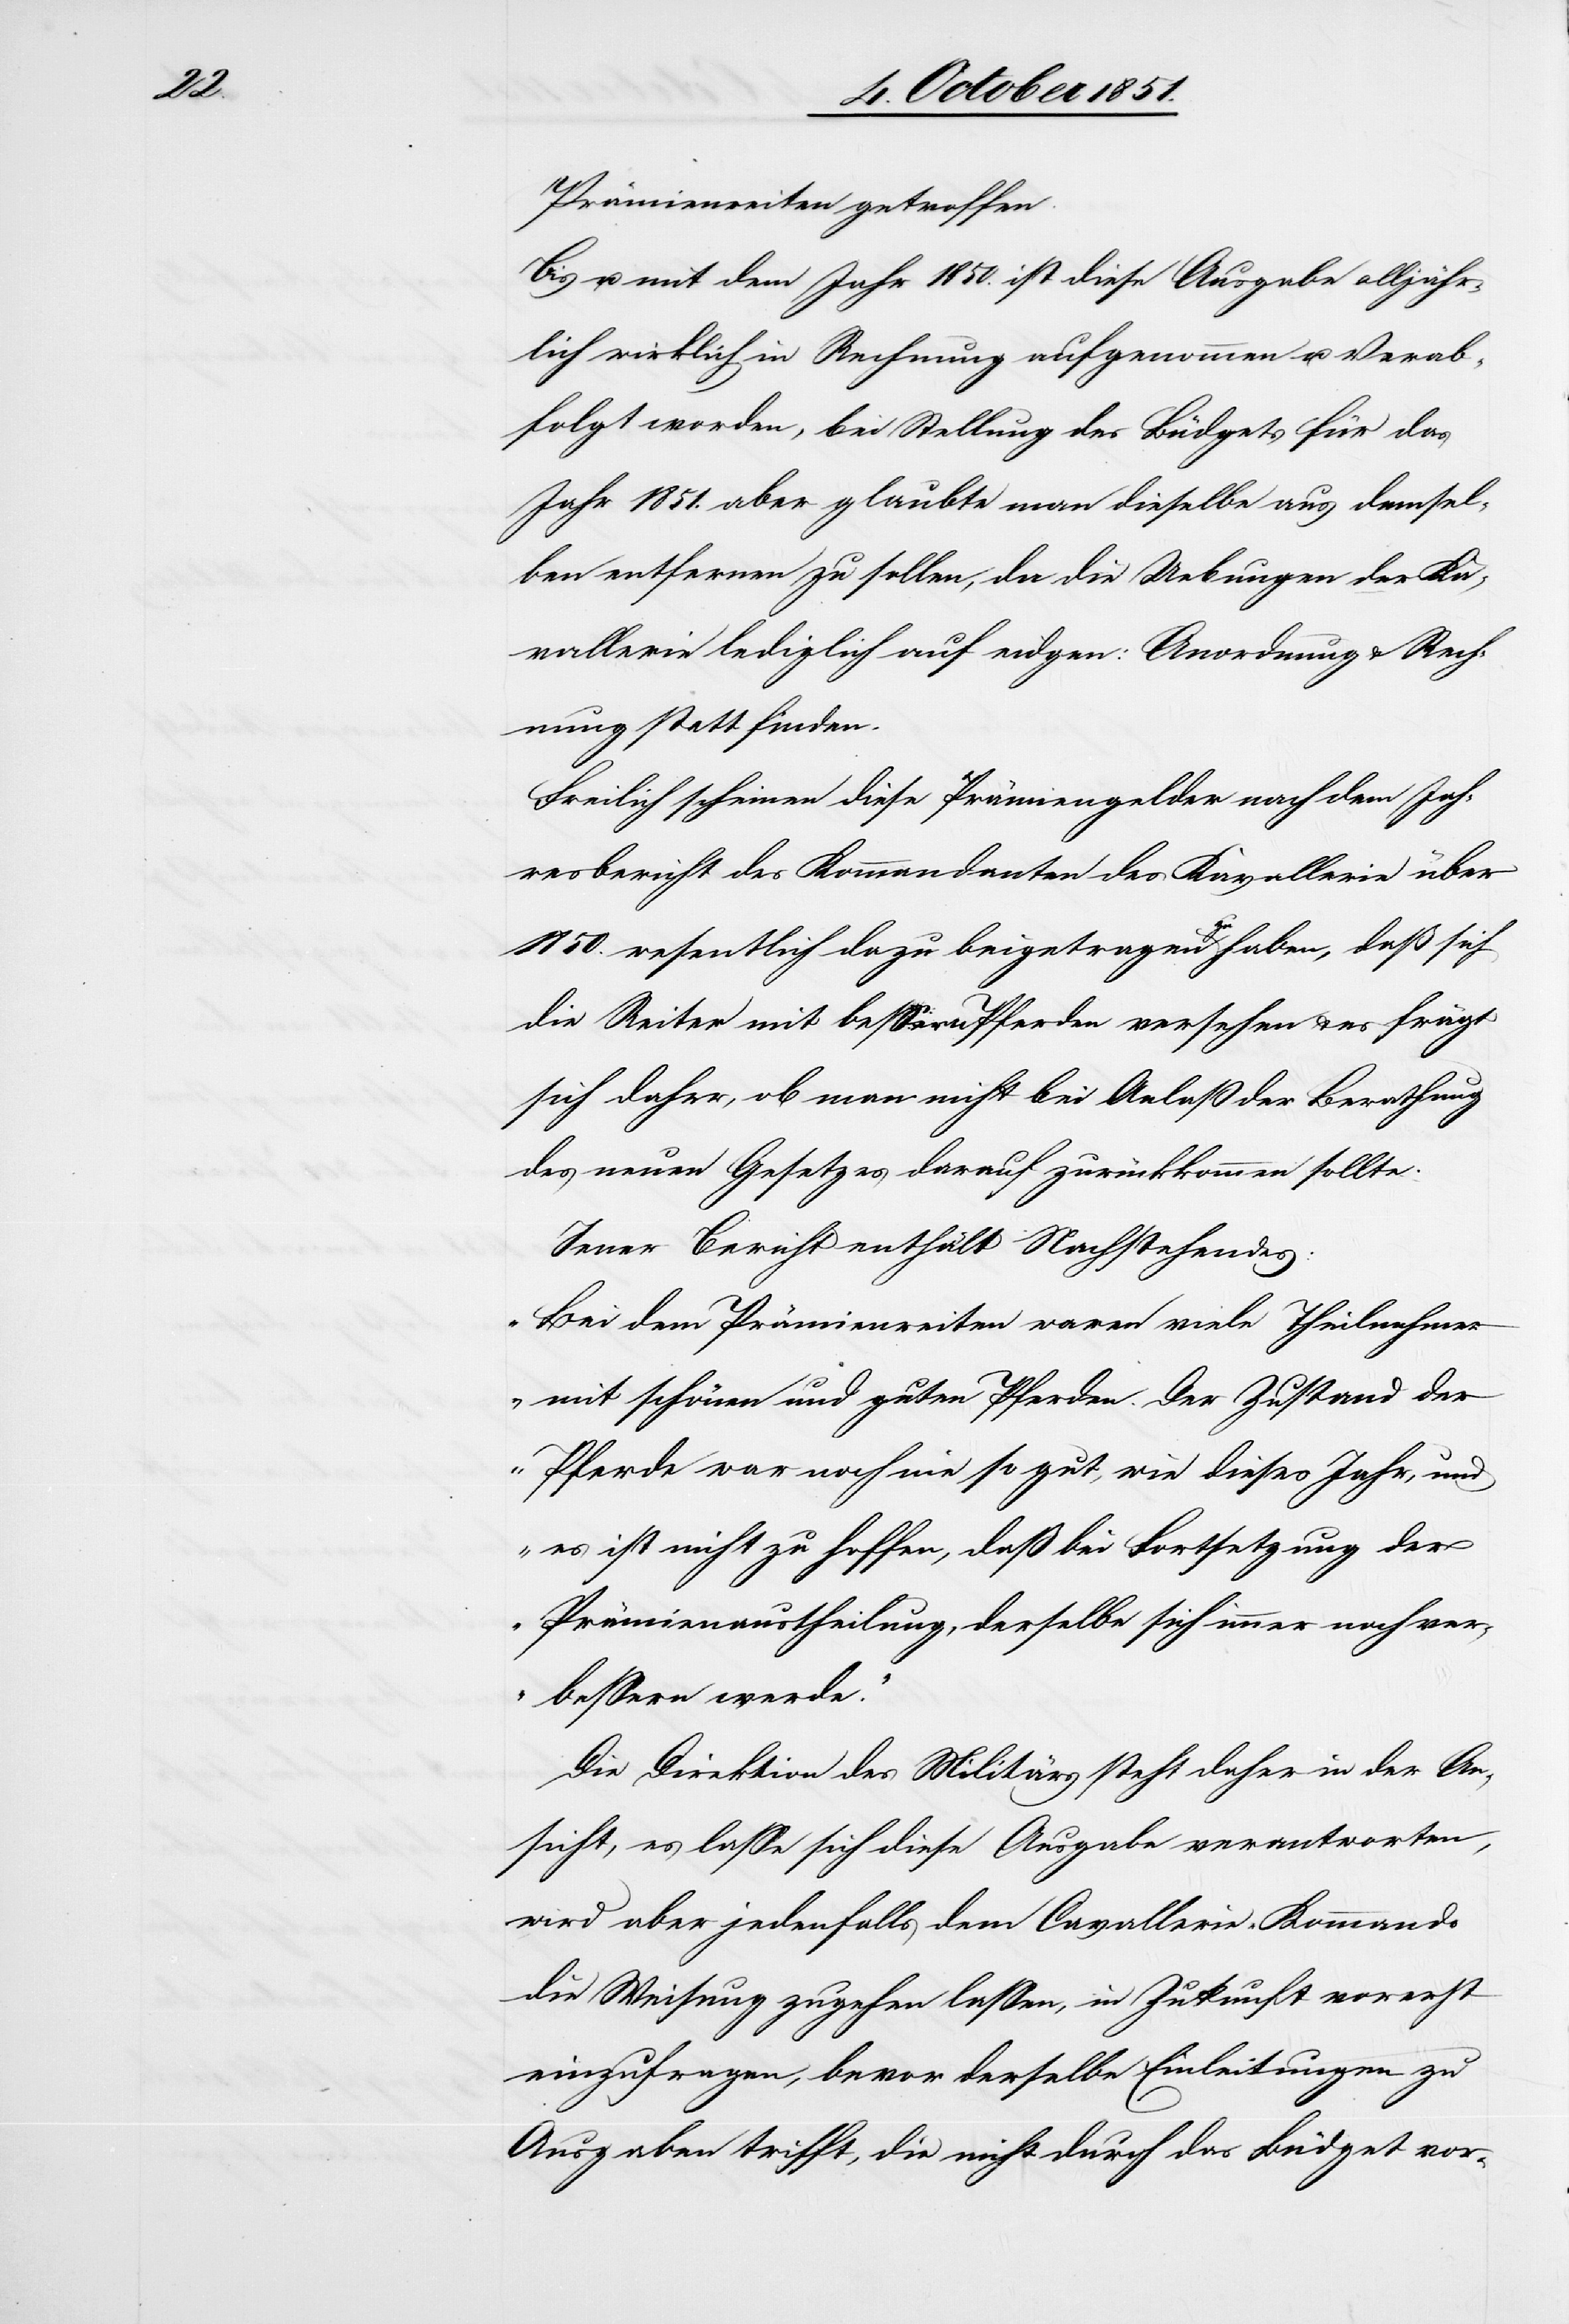
Prämienreiten getroffen.
Bis u. mit dem Jahr 1850. ist diese Ausgabe alljähr¬
lich wirklich in Rechnung aufgenommen u. Verab¬
folgt worden, bei Stellung des Büdgets für das
Jahr 1851. aber glaubte man dieselbe aus demsel¬
ben entfernen zu sollen, da die Uebungen der Ka¬
vallerie lediglich auf eidgen: Anordnung & Rech¬
nung statt finden.
Freilich scheinen diese Prämiengelder nach dem Jah¬
resbericht des Kommandanten des [sic!] Kavallerie über
1850. wesentlich dazu beigetragen zu haben, daß sich
die Reiter mit bessern Pferden versehen & es frägt
sich daher, ob man nicht bei Anlaß der Berathung
des neuen Gesetzes darauf zurückkommen sollte.
Jener Bericht enthält Nachstehendes:
„Bei dem Prämienreiten waren viele Theilnehmer
mit schönen und guten Pferden. Der Zustand der
Pferde war noch nie so gut, wie dieses Jahr, und
es ist nicht zu hoffen, daß bei Fortsetzung der
Prämienaustheilung, derselbe sich immer noch ver¬
bessern werde.“
Die Direktion des Militärs steht daher in der An¬
sicht, es lasse sich diese Ausgabe verantworten,
wird aber jedenfalls dem Cavallerie-Kommando
die Weisung zugehen lassen, in Zukunft vorerst
einzufragen, bevor derselbe Einleitungen zu
Ausgaben trifft, die nicht durch das Büdget vor-